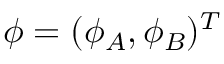
{ \phi } = ( \phi _ { A } , \phi _ { B } ) ^ { T }